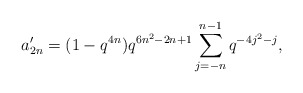
\begin{align*} a'_{2n} = (1-q^{4n})q^{6n^2-2n+1}\sum_{j=-n}^{n-1}q^{-4j^2-j}, \end{align*}